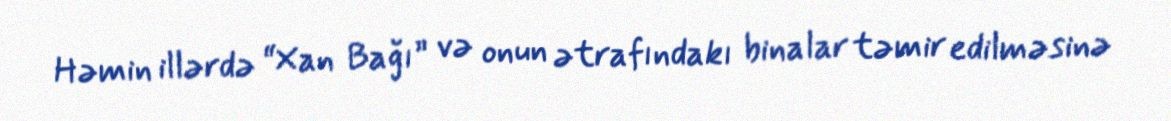
Həmin illərdə “Xan Bağı” və onun ətrafındakı binalar təmir edilməsinə